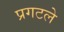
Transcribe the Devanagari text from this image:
प्रगटले